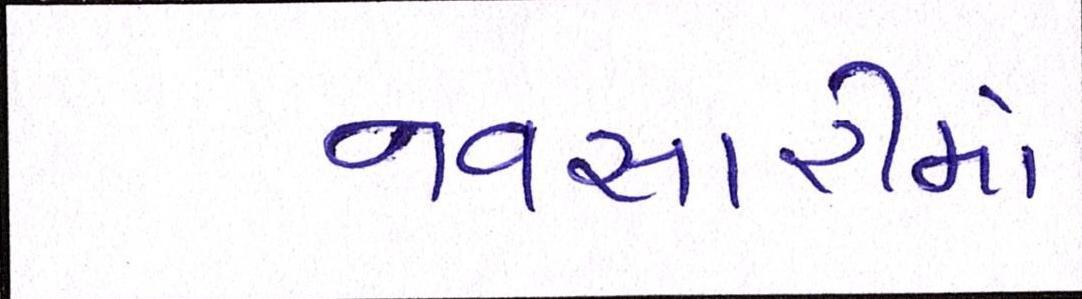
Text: નવસારીમાં